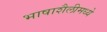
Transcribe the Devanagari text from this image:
भाषाशैलीमध्ये